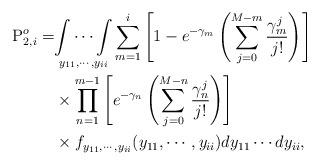
LaTeX: \begin{align*} \mathrm{P}_{2,i}^o=& \underset{y_{11},\cdots,y_{ii}}{\int\cdots\int} \sum^{i}_{m=1}\left[1-e^{-\gamma_m}\left(\sum^{M-m}_{j=0}\frac{\gamma_m^j}{j!}\right)\right] \\ &\times \prod^{m-1}_{n=1}\left[e^{-\gamma_n}\left(\sum^{M-n}_{j=0}\frac{\gamma_n^j}{j!}\right)\right]\\ &\times f_{y_{11},\cdots, y_{ii}}(y_{11},\cdots, y_{ii})dy_{11}\cdots dy_{ii},\end{align*}